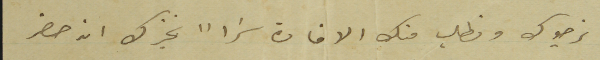
نرجوك ونطلب منك الافادة سَراً نخبرك انه حضر